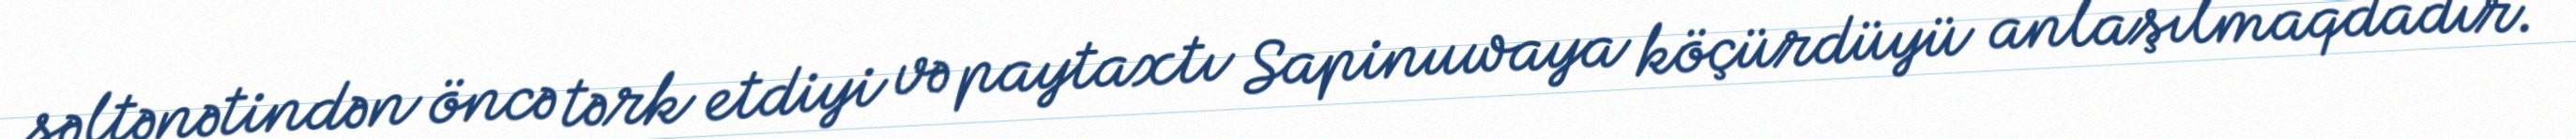
səltənətindən öncə tərk etdiyi və paytaxtı Sapinuwaya köçürdüyü anlaşılmaqdadır.